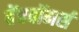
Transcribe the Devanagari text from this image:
बेंचवॉमर्स